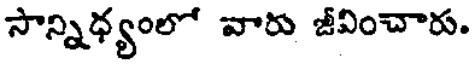
సాన్నిధ్యంలో వారు జీవించారు.